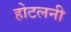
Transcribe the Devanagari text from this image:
होटलनी